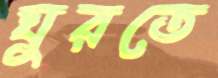
ঘুরতে